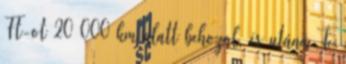
Ft-ot 20 000 km alatt behozol, és utána Te